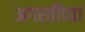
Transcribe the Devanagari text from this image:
अगस्तींच्या